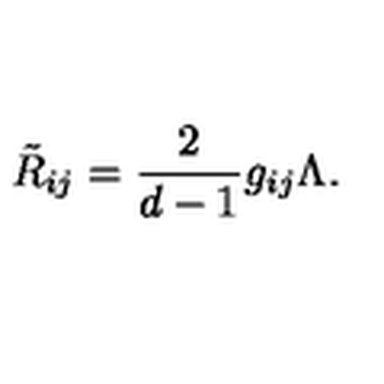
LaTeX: \tilde { R } _ { i j } = \frac 2 { d - 1 } g _ { i j } \Lambda .